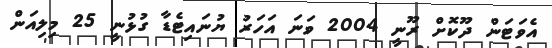
އެވަޓަން ދޫކޮށް ރޫނީ 2004 ވަނަ އަހަރު ޔުނައިޓެޑާ ގުޅުނީ 25 މިލިއަން